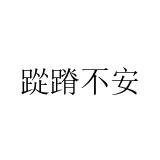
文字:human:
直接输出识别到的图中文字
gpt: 踨蹐不安